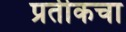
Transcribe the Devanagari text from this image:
प्रतीकचा